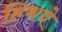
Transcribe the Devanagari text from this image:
हिथचे